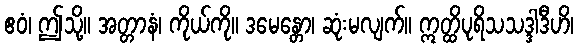
ဧဝံ၊ ဤသို့။ အတ္တာနံ၊ ကိုယ်ကို။ ဒမေန္တော၊ ဆုံးမလျက်။ ဣတ္ထိပုရိသသဒ္ဒါဒီဟိ၊